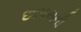
છાપરાની